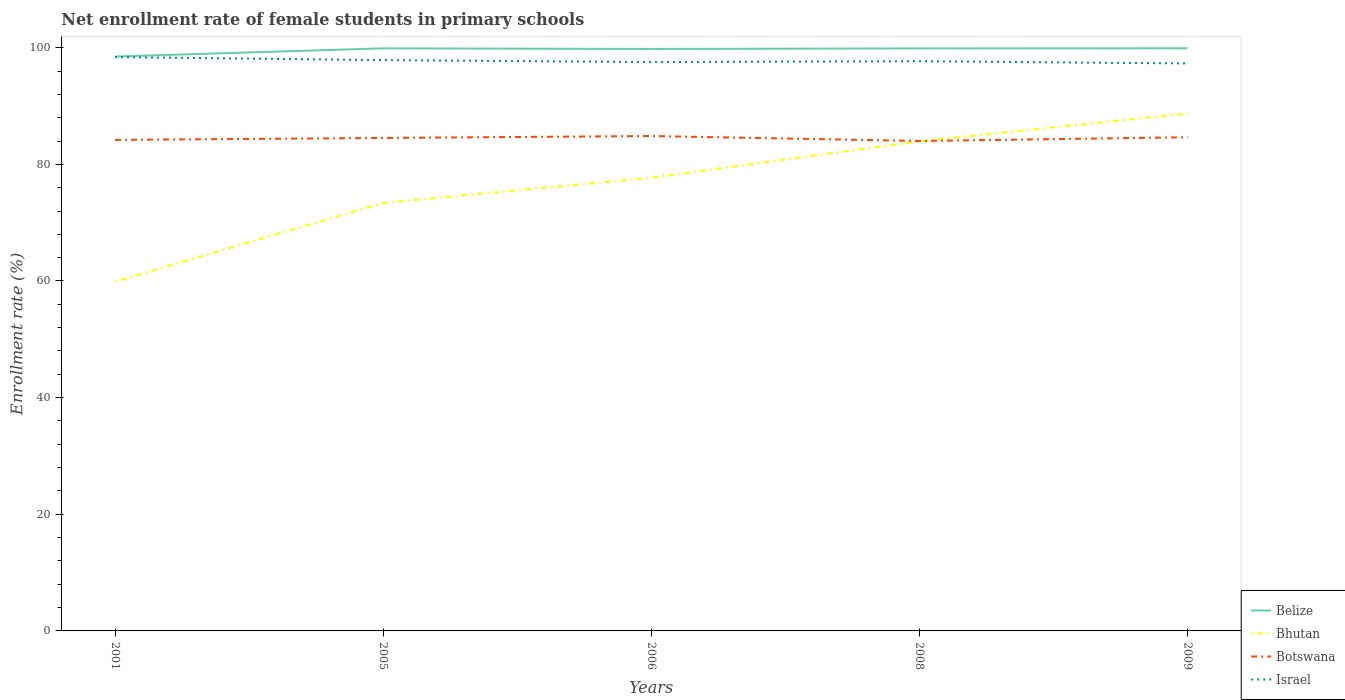
| Years | Belize | Bhutan | Botswana | Israel |
 | --- | --- | --- | --- | --- |
 | 2001 | 98.5 | 59.9 | 84.2 | 98.4 |
 | 2005 | 99.9 | 73.4 | 84.5 | 97.9 |
 | 2006 | 99.8 | 77.7 | 84.9 | 97.5 |
 | 2008 | 99.9 | 84 | 84 | 97.7 |
 | 2009 | 99.9 | 88.7 | 84.6 | 97.3 |